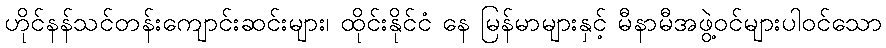
ဟိုင်နန်သင်တန်းကျောင်းဆင်းများ၊ ထိုင်းနိုင်ငံ နေ မြန်မာများနှင့် မီနာမီအဖွဲ့ဝင်များပါဝင်သော